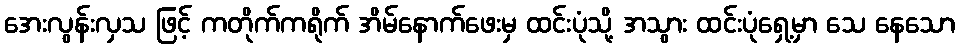
အေးလွန်းလှသ ဖြင့် ကတိုက်ကရိုက် အိမ်နောက်ဖေးမှ ထင်းပုံသို့ အသွား ထင်းပုံရှေ့မှာ သေ နေသော